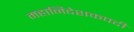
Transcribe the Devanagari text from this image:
महानिदेशकपदी